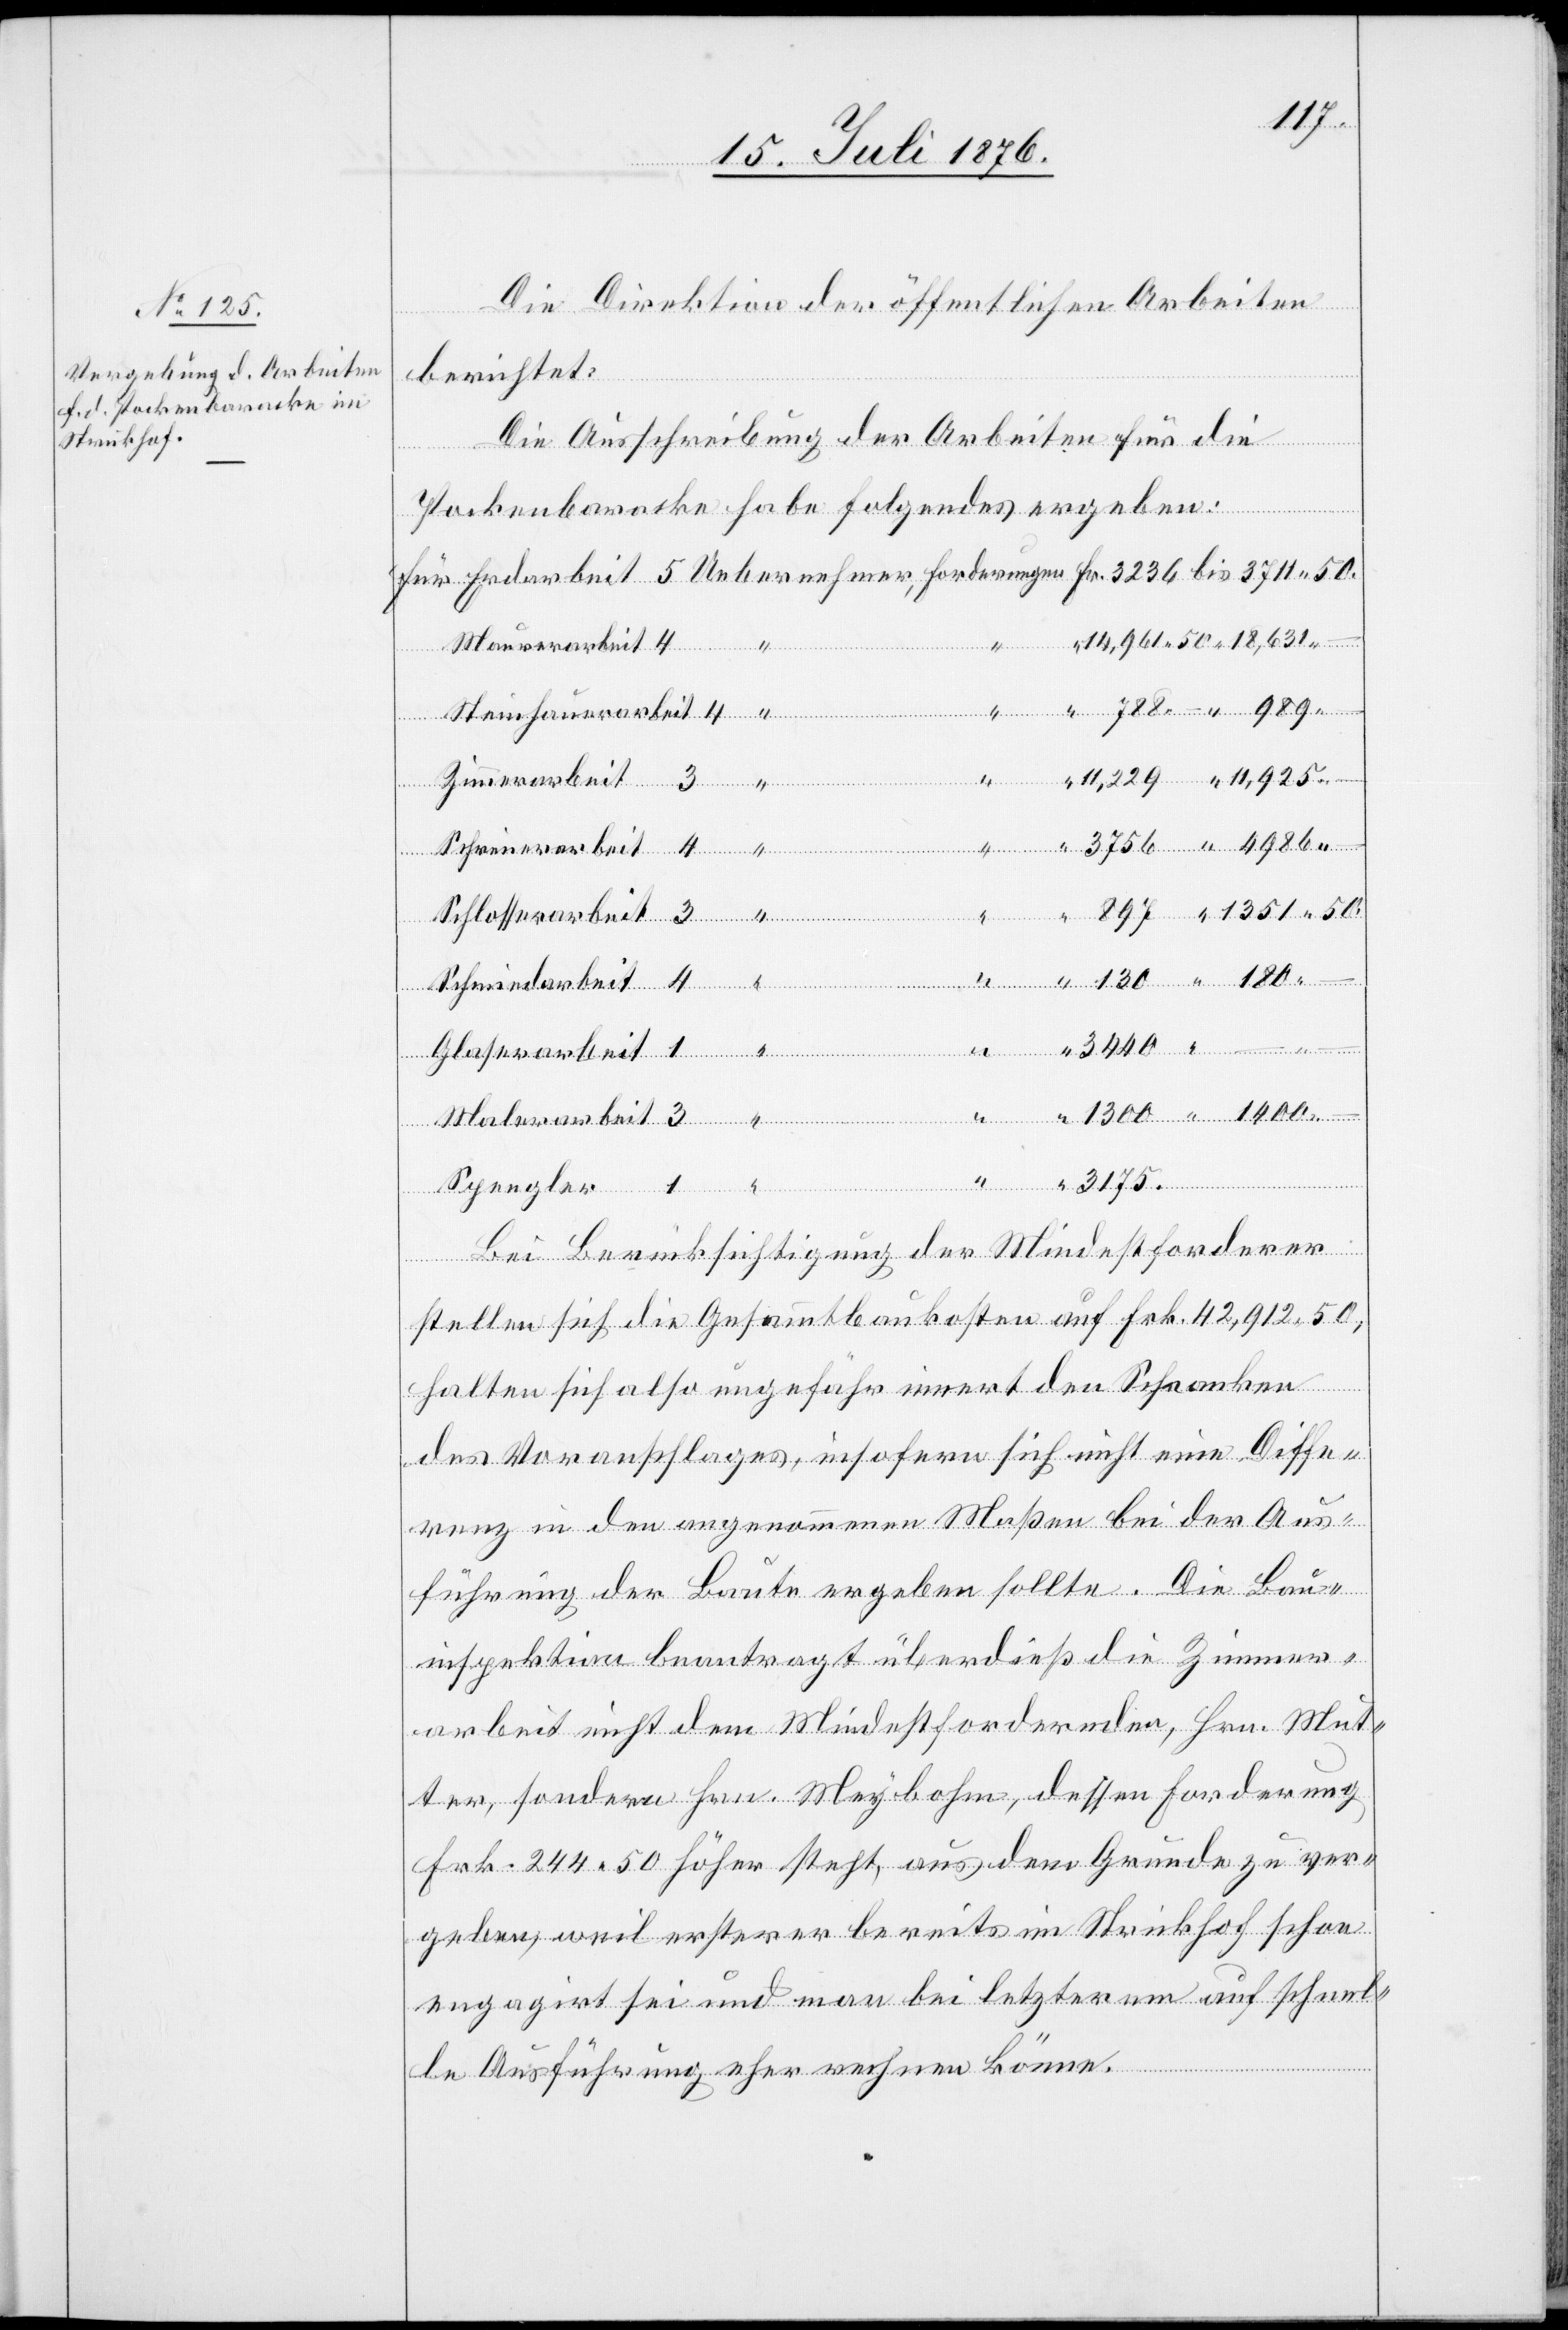
Spengler
Die Direktion der öffentlichen Arbeiten
berichtet:
Die Ausschreibung der Arbeiten für die
Pockenbaracke habe folgendes ergeben:
darbeit
For¬
.
Zimme¬
Glaserarbeit
–
Malerarbeit
Bei Berücksichtigung der Mindestforderer
stellen sich die Gesammtbaukosten auf Frk. 42,912 50,
halten sich also ungefähr innert den Schranken
des Voranschlages, insofern sich nicht eine Diffe¬
renz in den angenommenen Maßen bei der Aus¬
führung der Baute ergeben sollte. Die Bau¬
inspektion beantragt überdieß die Zimmer¬
arbeit nicht dem Mindestfordernden, Hrn. Mut¬
ter, sondern Hrn. Meybohm, dessen Forderung
Frk. 244 50 höher steht, aus dem Grunde zu ver¬
geben, weil ersterer bereits im Strickhof schon
engagirt sei und man bei letzterem auf schnel¬
le Ausführung eher rechnen könne.